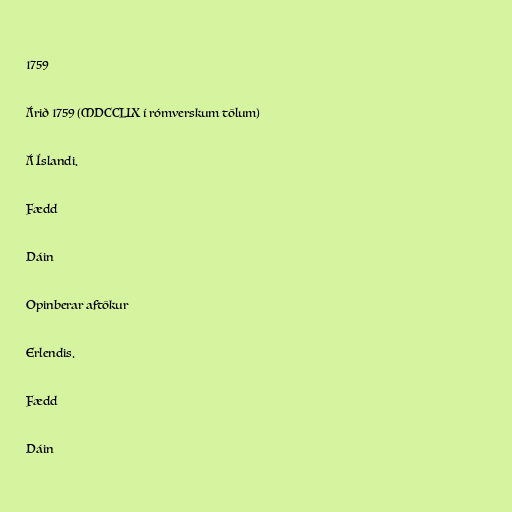
1759

Árið 1759 (MDCCLIX í rómverskum tölum)

Á Íslandi.

Fædd

Dáin

Opinberar aftökur

Erlendis.

Fædd

Dáin